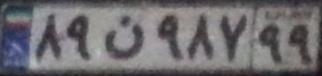
۸۹ن۹۸۷۹۹